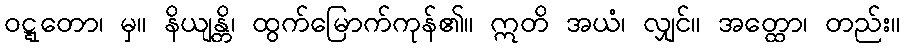
ဝဋ္ဋတော၊ မှ။ နိယျန္တိ၊ ထွက်မြောက်ကုန်၏။ ဣတိ အယံ၊ လျှင်။ အတ္ထော၊ တည်း။